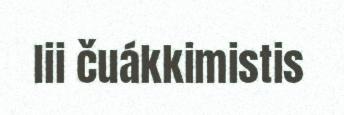
lii čuákkimistis